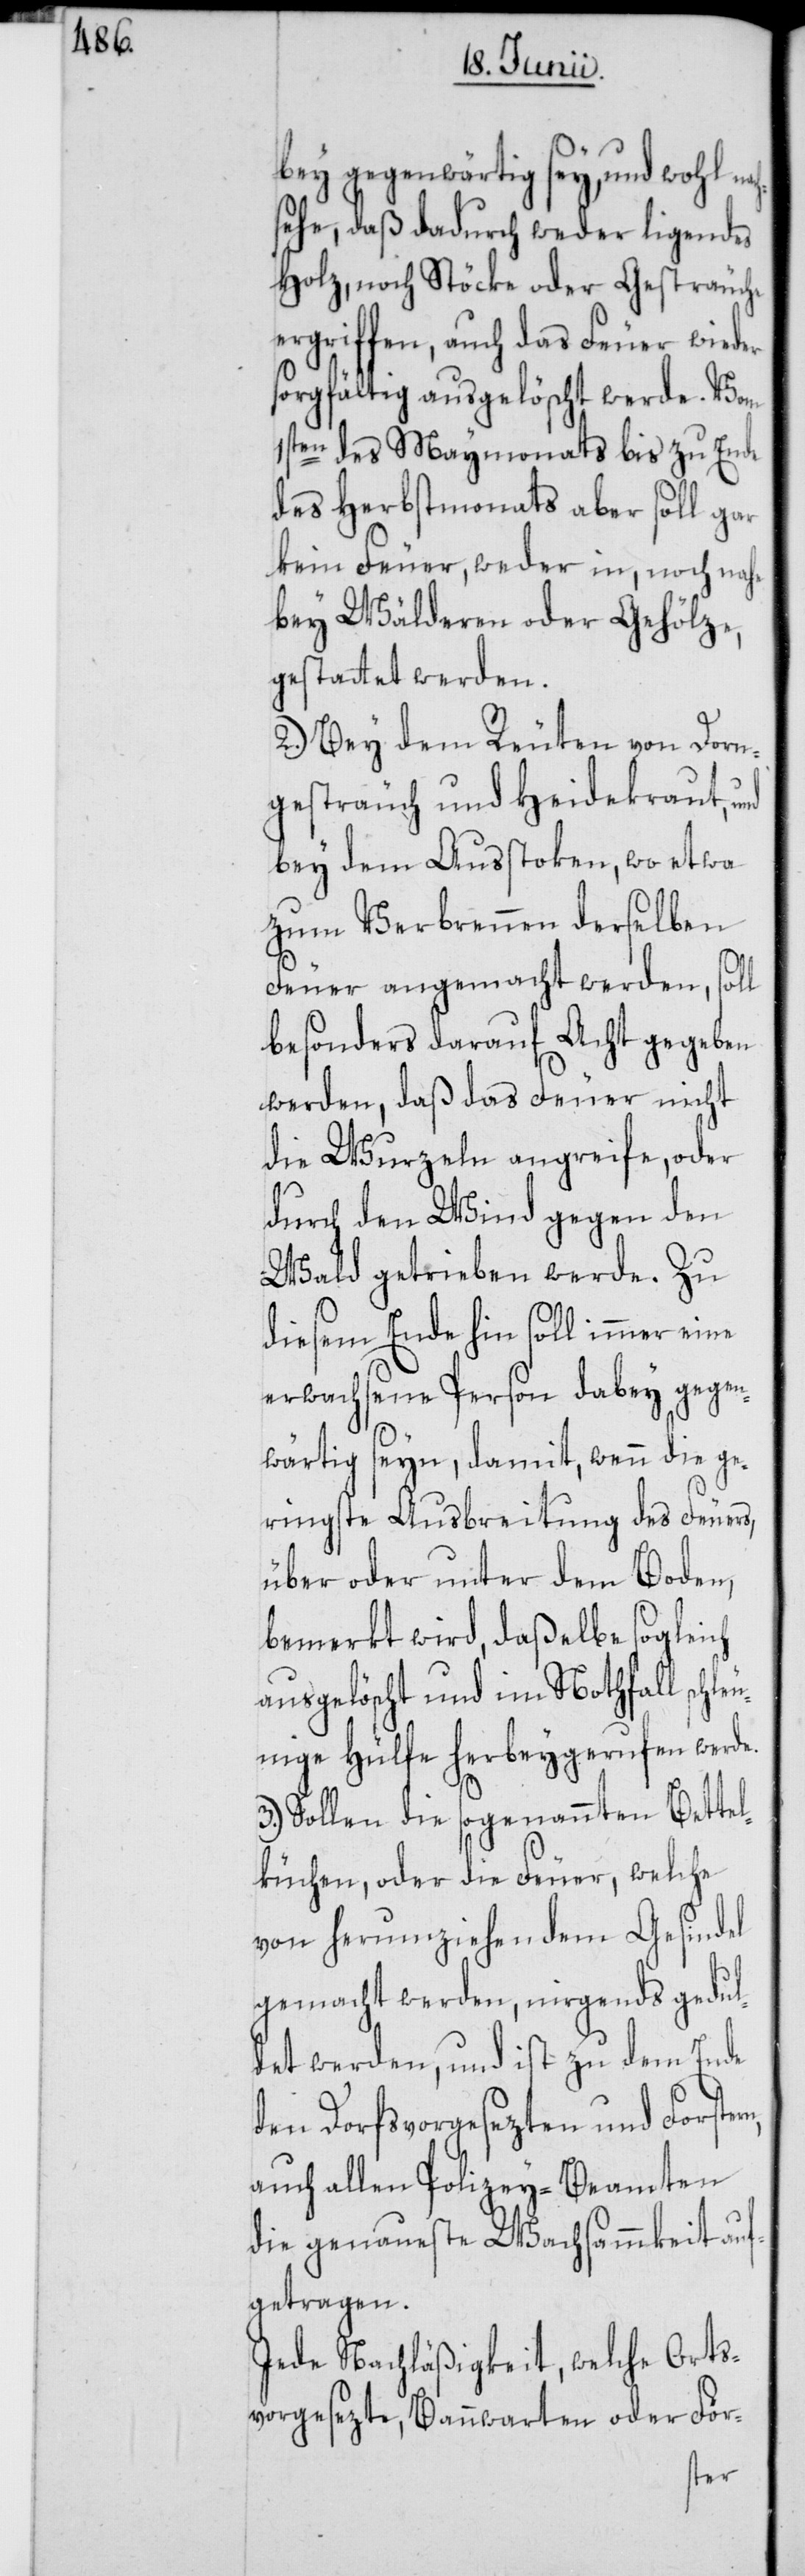
ach¬

bey gegenwärtig sey, und wohl n¬
sehe, daß dadurch weder ligendes
Holz, noch Stöcke oder Gesträuche
ergriffen, auch das Feuer wieder
sorgfältig ausgelöscht werde. Vom
1sten des Maymonats bis zu Ende
des Herbstmonats aber soll gar
kein Feuer, weder in, noch nahe
bey Wälderen oder Gehölze,
gestattet werden.
2.) Bey dem Reuten von Dorn¬
gesträuch und Heidekraut, und
bey dem Ausstoken, wo etwa
zum Verbrennen derselben
Feuer angemacht werden, soll
besonders darauf Acht gegeben
werden, daß das Feuer nicht
die Wurzeln angreife, oder
durch den Wind gegen den
Wald getrieben werde. Zu
diesem Ende hin soll immer eine
erwachsene Person dabey gegen¬
wärtig seyn, damit, wenn die ge¬
ringste Ausbreitung des Feuers,
über oder unter dem Boden,
bemerkt wird, daßelbe sogleich
ausgelöscht und im Nothfall schleu¬
nige Hülfe herbeygerufen werde.
3.) Sollen die sogenannten Bettel¬
küchen, oder die Feuer, welche
von herumziehendem Gesindel
gemacht werden, nirgends gedul¬
det werden, und ist zu dem Ende
den Dorfsvorgesetzen und For¬
auch allen Polizey-Beamten
die genaueste Wachsammkeit auf¬
getragen.
Jede Nachläßigkeit, welche Orts¬
vorgesezte, Bannwarten oder För-
stern,